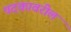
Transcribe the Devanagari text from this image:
पदकावरील